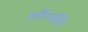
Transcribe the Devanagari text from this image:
ऑनलि